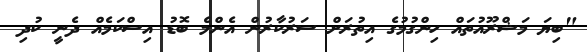
"ބިޔަ މަޝްރޫއުތައް ހިންގުމުގެ އިތުރަށް ސަރުކާރުން އެންމެ ބޮޑު އިސްކަމެއް ދެނީ ކުދި